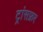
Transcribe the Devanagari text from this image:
ट्रांसफ्रर